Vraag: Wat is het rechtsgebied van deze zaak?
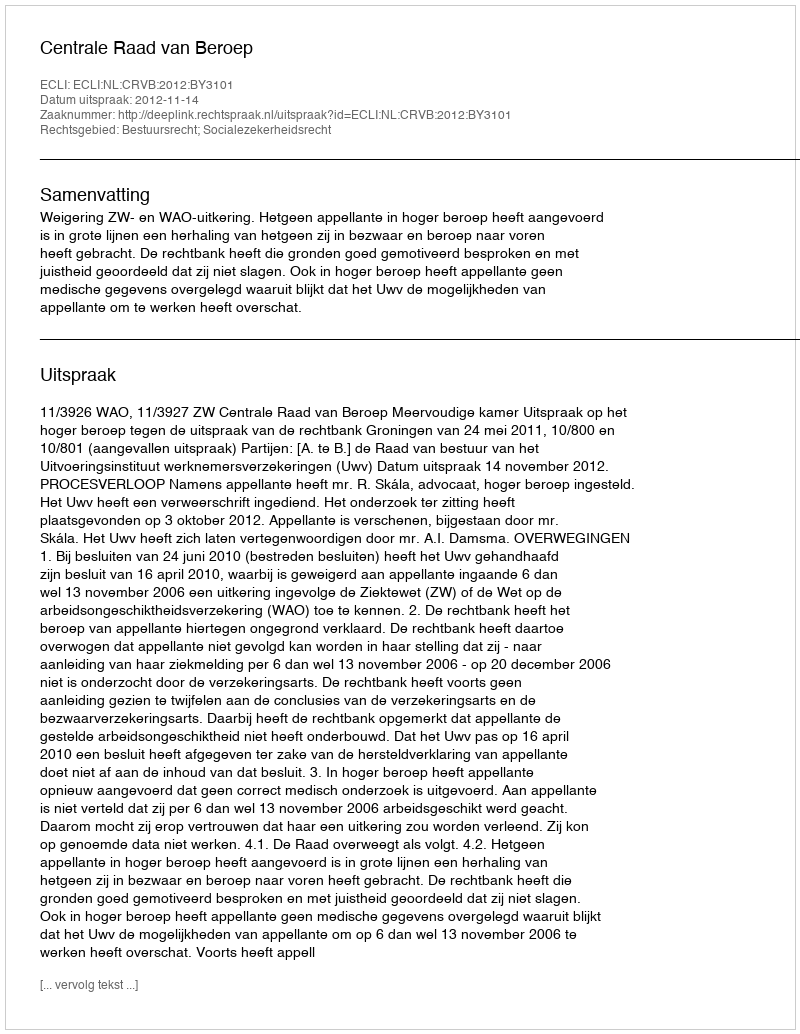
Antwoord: Bestuursrecht; Socialezekerheidsrecht